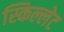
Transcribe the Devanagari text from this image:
स्किल्लेट